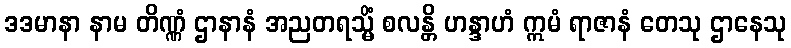
ဒဒမာနာ နာမ တိဏ္ဏံ ဌာနာနံ အညတရသ္မိံ စလန္တိ ဟန္ဒာဟံ ဣမံ ရာဇာနံ တေသု ဌာနေသု